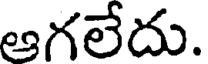
ఆగలేదు.